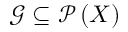
{ \mathcal { G } } \subseteq { \mathcal { P } } \left( X \right)